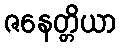
ဇနေတ္တိယာ